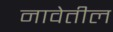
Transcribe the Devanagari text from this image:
नावेतील